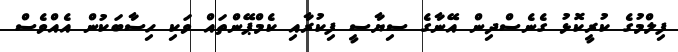
ފިލްމުގެ ކުރީކޮޅު ގެނެސްދިން އޭނާގެ ސިޔާސީ ފިކުރާއި ކެމްޕޭންތައް ވަކި ހިސާބަކުން އެއްވެސް